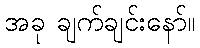
အခု ချက်ချင်းနော်။